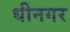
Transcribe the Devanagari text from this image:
धीनगर